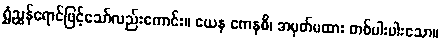
ရွှံညွှန်ရောင်ဖြင့်သော်လည်းကောင်း။ ယေန ကေနစိ၊ အမှတ်မထား တစ်ပါးပါးသော။